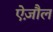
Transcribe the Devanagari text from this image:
ऐज़ौल